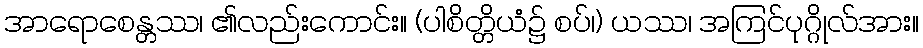
အာရောစေန္တဿ၊ ၏လည်းကောင်း။ (ပါစိတ္တိယံ၌ စပ်၊) ယဿ၊ အကြင်ပုဂ္ဂိုလ်အား။